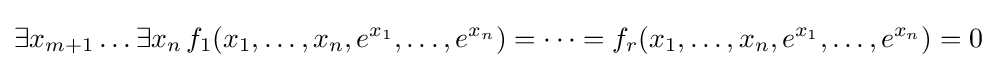
\exists x_{m+1}\ldots \exists x_{n}\,f_{1}(x_{1},\ldots ,x_{n},e^{x_{1}},\ldots ,e^{x_{n}})=\cdots =f_{r}(x_{1},\ldots ,x_{n},e^{x_{1}},\ldots ,e^{x_{n}})=0